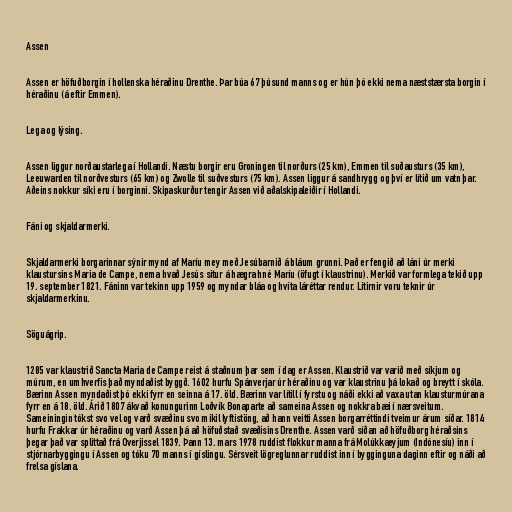
Assen

Assen er höfuðborgin í hollenska héraðinu Drenthe. Þar búa 67 þúsund manns og er hún þó ekki nema næststærsta borgin í
héraðinu (á eftir Emmen).

Lega og lýsing.

Assen liggur norðaustarlega í Hollandi. Næstu borgir eru Groningen til norðurs (25 km), Emmen til suðausturs (35 km),
Leeuwarden til norðvesturs (65 km) og Zwolle til suðvesturs (75 km). Assen liggur á sandhrygg og því er lítið um vatn þar.
Aðeins nokkur síki eru í borginni. Skipaskurður tengir Assen við aðalskipaleiðir í Hollandi.

Fáni og skjaldarmerki.

Skjaldarmerki borgarinnar sýnir mynd af Maríu mey með Jesúbarnið á bláum grunni. Það er fengið að láni úr merki
klaustursins Maria de Campe, nema hvað Jesús situr á hægra hné Maríu (öfugt í klaustrinu). Merkið var formlega tekið upp
19. september 1821. Fáninn var tekinn upp 1959 og myndar bláa og hvíta láréttar rendur. Litirnir voru teknir úr
skjaldarmerkinu.

Söguágrip.

1285 var klaustrið Sancta Maria de Campe reist á staðnum þar sem í dag er Assen. Klaustrið var varið með síkjum og
múrum, en umhverfis það myndaðist byggð. 1602 hurfu Spánverjar úr héraðinu og var klaustrinu þá lokað og breytt í skóla.
Bærinn Assen myndaðist þó ekki fyrr en seinna á 17. öld. Bærinn var lítill í fyrstu og náði ekki að vaxa utan klausturmúrana
fyrr en á 18. öld. Árið 1807 ákvað konungurinn Loðvík Bonaparte að sameina Assen og nokkra bæi í nærsveitum.
Sameiningin tókst svo vel og varð svæðinu svo mikil lyftistöng, að hann veitti Assen borgarréttindi tveimur árum síðar. 1814
hurfu Frakkar úr héraðinu og varð Assen þá að höfuðstað svæðisins Drenthe. Assen varð síðan að höfuðborg héraðsins
þegar það var splittað frá Overjissel 1839. Þann 13. mars 1978 ruddist flokkur manna frá Molúkkaeyjum (Indónesíu) inn í
stjórnarbyggingu í Assen og tóku 70 manns í gíslingu. Sérsveit lögreglunnar ruddist inn í bygginguna daginn eftir og náði að
frelsa gíslana.